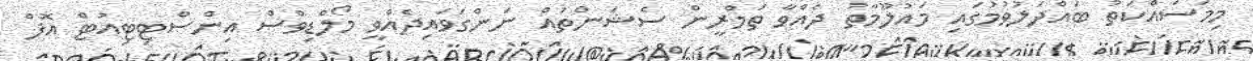
މިމަސައްކަތު ބައްދަލުވުމުގައި މައުލޫމާތު ދެއްވާ ތަމްރީން ސެޝަންތައް ނަންގަވައިދެއްވީ މޯލްޑިވްސް އިންސްޓިޓިއުޓް އޮފް